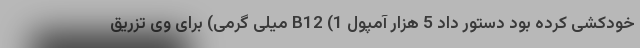
خودکشی کرده بود دستور داد 5 هزار آمپول B12 (1 میلی گرمی) برای وی تزریق